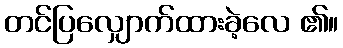
တင်ပြလျှောက်ထားခဲ့လေ ၏။